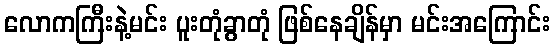
လောကကြီးနဲ့မင်း ပူးတုံခွာတုံ ဖြစ်နေချိန်မှာ မင်းအကြောင်း